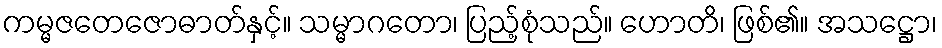
ကမ္မဇတေဇောဓာတ်နှင့်။ သမ္မာဂတော၊ ပြည့်စုံသည်။ ဟောတိ၊ ဖြစ်၏။ အသဋ္ဌော၊